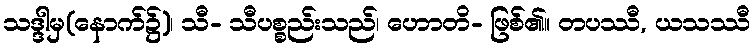
သဒ္ဒါမှ(နောက်၌)၊ သီ- သီပစ္စည်းသည်၊ ဟောတိ- ဖြစ်၏။ တပဿီ, ယသဿီ